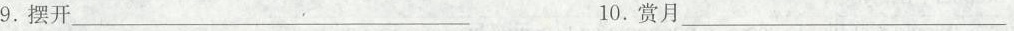
9.摆开\underline10.赏月\underline